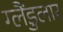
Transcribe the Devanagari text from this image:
ग्लैंडुलार